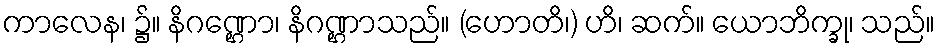
ကာလေန၊ ၌။ နိဂဏ္ဌော၊ နိဂဏ္ဌာသည်။ (ဟောတိ၊) ဟိ၊ ဆက်။ ယောဘိက္ခု၊ သည်။